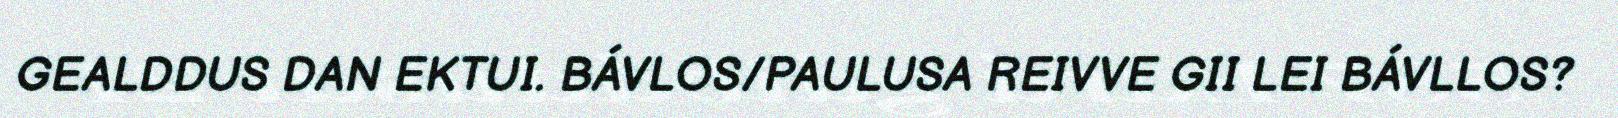
GEALDDUS DAN EKTUI. BÁVLOS/PAULUSA REIVVE GII LEI BÁVLLOS?